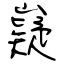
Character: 嶷